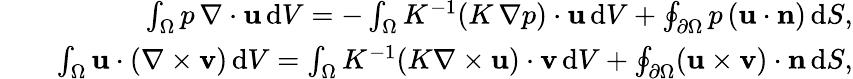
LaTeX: \begin{array}{rlr}&{}&{\int_{\Omega}p\, \nabla\cdot{\mathbf u}\, \mathrm{d}V=-\int_{\Omega}K^{-1}(K\, \nabla p)\cdot\mathbf{u}\, \mathrm{d}V+\oint_{\partial\Omega}p\, (\mathbf{u}\cdot\mathbf{n})\, \mathrm{d}S,}\\ &{}&{\int_{\Omega}\mathbf{u}\cdot(\nabla\times\mathbf{v})\, \mathrm{d}V=\int_{\Omega}K^{-1}(K\nabla\times\mathbf{u})\cdot\mathbf{v}\, \mathrm{d}V+\oint_{\partial\Omega}(\mathbf{u}\times\mathbf{v})\cdot\mathbf{n}\, \mathrm{d}S,}\end{array}